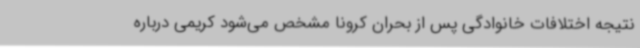
نتیجه اختلافات خانوادگی پس از بحران کرونا مشخص می‌شود کریمی درباره